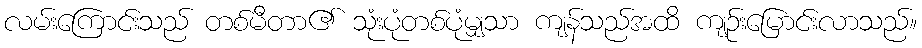
လမ်းကြောင်းသည် တစ်မီတာ၏ သုံးပုံတစ်ပုံမျှသာ ကျန်သည်အထိ ကျဉ်းမြောင်းလာသည်။